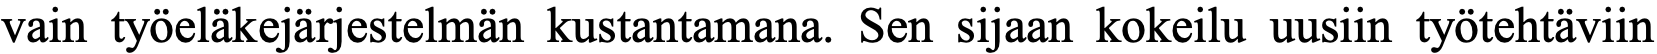
vain työeläkejärjestelmän kustantamana. Sen sijaan kokeilu uusiin työtehtäviin